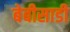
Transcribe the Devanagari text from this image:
बेबीसाडी